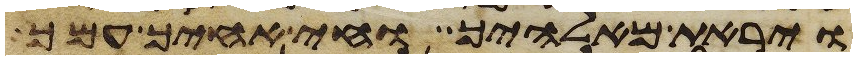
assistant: ויראת מאלהיך וחי אחיך עמך